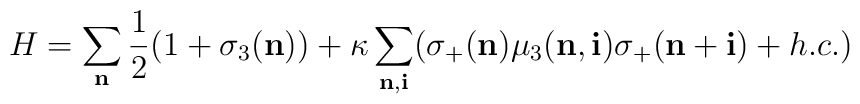
H  = \sum_{\bf n} \frac{1}{2}(1+\sigma_{3}({\bf n}))+\kappa\sum_{{\bf n},{\bf i}} ( \sigma_{+}({\bf n}) \mu_{3}({\bf n},{\bf i}) \sigma_{+}({\bf n+i})+ h.c.)